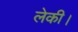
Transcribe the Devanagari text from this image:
लेकी।